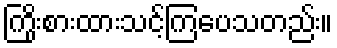
ကြိုးစားထားသင့်ကြပေသတည်း။